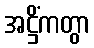
အဋ္ဌိံကတွာ